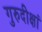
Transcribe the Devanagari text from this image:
गुरुदीक्षां